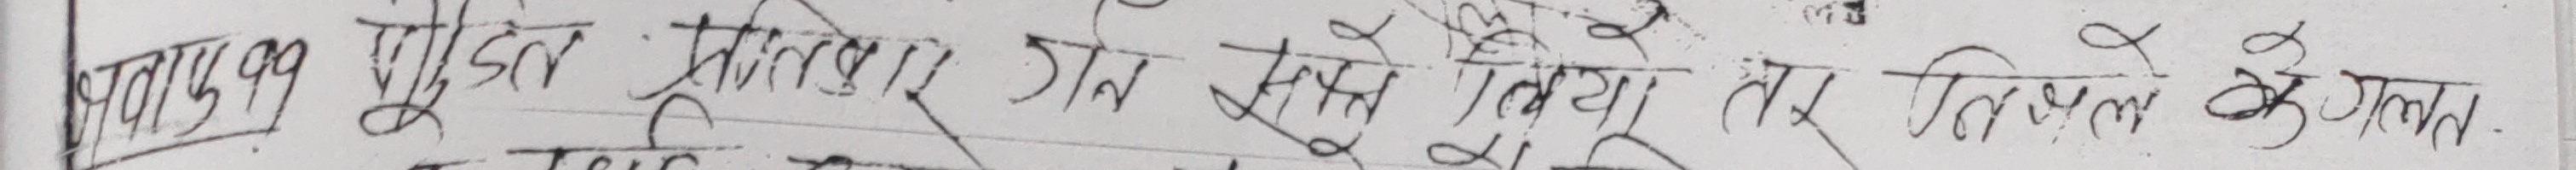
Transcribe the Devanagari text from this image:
ढा. प्र. 99 बुझिल संतोषी २. उनि खुसि किया तर, निरमल के मतल .